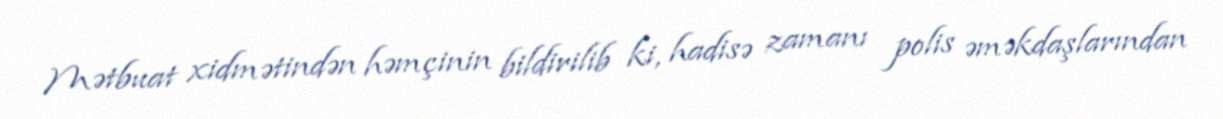
Mətbuat xidmətindən həmçinin bildirilib ki, hadisə zamanı polis əməkdaşlarından